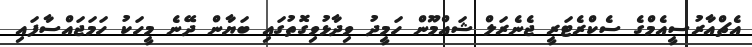
އެޗްއާރުސީއެމްގެ ސެކްރެޓަރީ ޖެނެރަލް ޝައްމޫން ހަމީދު ވިދާޅުވިގޮތުގައި ބަޔާން ދޭނެ މީހަކު ހަމަޖައްސާފައި